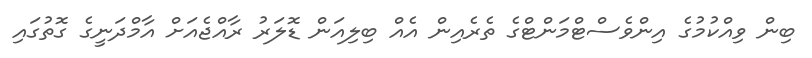
ބިން ވިއްކުމުގެ އިންވެސްޓްމަންޓްގެ ތެރެއިން އެއް ބިލިއަން ޑޮލަރު ރާއްޖެއަށް އާމްދަނީގެ ގޮތުގައި